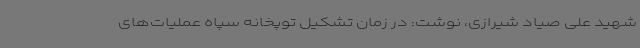
شهید علی صیاد شیرازی، نوشت: در زمان تشکیل توپخانه سپاه عملیات‌های